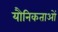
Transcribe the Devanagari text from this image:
यौनिकताओं